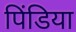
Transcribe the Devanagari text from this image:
पिंडिया